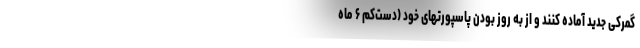
گمرکی جدید آماده کنند و از به روز بودن پاسپورتهای خود (دست‌کم ۶ ماه